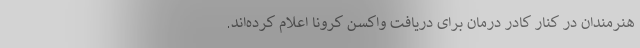
هنرمندان در کنار کادر درمان برای دریافت واکسن کرونا اعلام کرده‌اند.